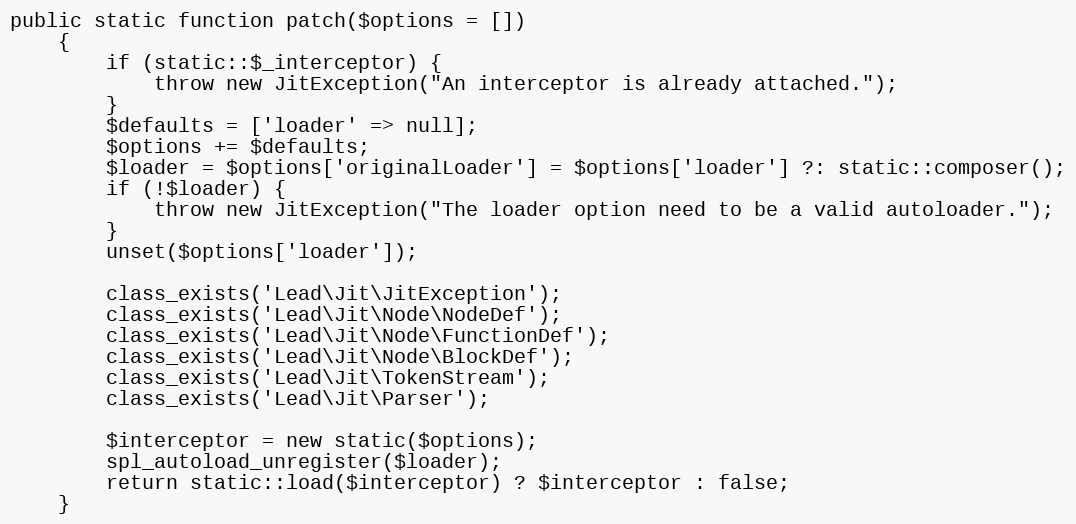
Language: PHP
public static function patch($options = [])
    {
        if (static::$_interceptor) {
            throw new JitException("An interceptor is already attached.");
        }
        $defaults = ['loader' => null];
        $options += $defaults;
        $loader = $options['originalLoader'] = $options['loader'] ?: static::composer();
        if (!$loader) {
            throw new JitException("The loader option need to be a valid autoloader.");
        }
        unset($options['loader']);

        class_exists('Lead\Jit\JitException');
        class_exists('Lead\Jit\Node\NodeDef');
        class_exists('Lead\Jit\Node\FunctionDef');
        class_exists('Lead\Jit\Node\BlockDef');
        class_exists('Lead\Jit\TokenStream');
        class_exists('Lead\Jit\Parser');

        $interceptor = new static($options);
        spl_autoload_unregister($loader);
        return static::load($interceptor) ? $interceptor : false;
    }